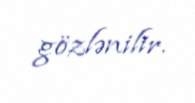
gözlənilir.